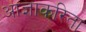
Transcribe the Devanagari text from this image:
आज्ञाकरिता